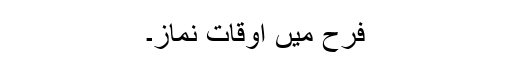
فرح میں اوقات نماز۔